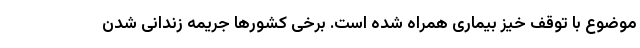
موضوع با توقف خیز بیماری همراه شده است. برخی کشورها جریمه زندانی شدن